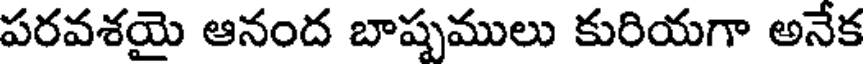
పరవశయై ఆనంద బాష్పములు కురియగా అనేక